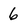
Character: 6